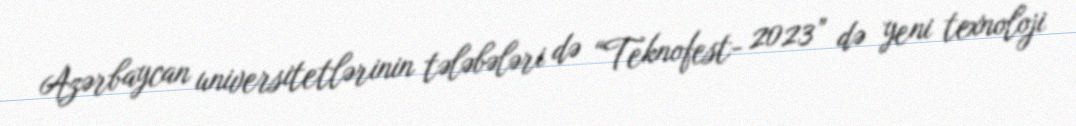
Azərbaycan universitetlərinin tələbələri də “Teknofest- 2023” də yeni texnoloji